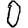
Digit: 0